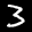
Label: 3